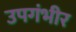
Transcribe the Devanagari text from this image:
उपगंभीर